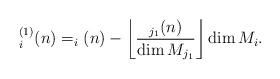
LaTeX: \begin{align*} _i^{(1)}(n) = _i(n) - \left\lfloor\dfrac{_{j_1}(n)}{\dim M_{j_1}}\right\rfloor \dim M_i.\end{align*}